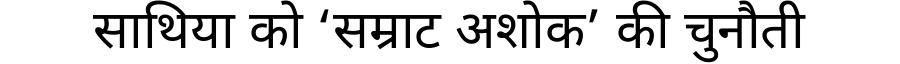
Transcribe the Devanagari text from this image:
साथिया को ‘सम्राट अशोक’ की चुनौती